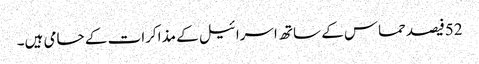
52فیصدحماس کے ساتھ اسرائیل کے مذاکرات کے حامی ہیں۔